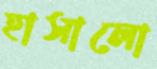
হাসালো